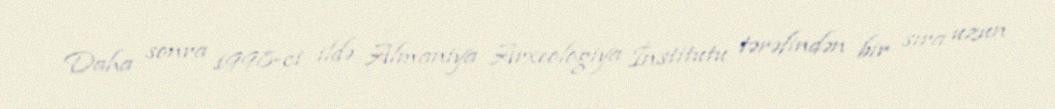
Daha sonra 1998-ci ildə Almaniya Arxeologiya İnstitutu tərəfindən bir sıra uzun